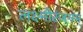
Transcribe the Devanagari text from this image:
लक्ष्मीरंजनम्